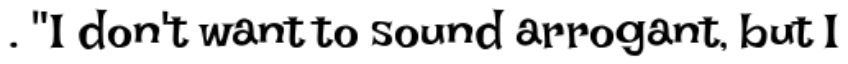
. "I don't want to sound arrogant, but I